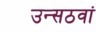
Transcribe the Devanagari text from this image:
उन्सठवां